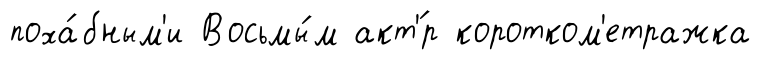
поха́бным'и Восьмы́м акт'́р коротком'етражка